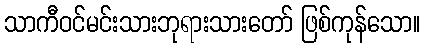
သာကီဝင်မင်းသားဘုရားသားတော် ဖြစ်ကုန်သော။